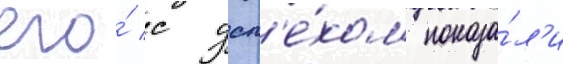
его́ с усп'е́хом показа́л'и